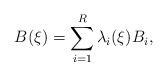
LaTeX: \begin{align*}B(\xi) = \sum_{i=1}^{R} \lambda_i(\xi)B_i,\end{align*}